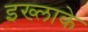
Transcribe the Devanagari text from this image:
इख्लाके